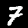
Digit: 7